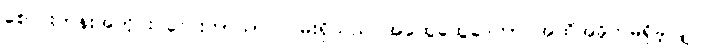
စောင်းတန်းအတိုင်း လေးဘာသာ လမ်းရှိသည် အထွေထွေဒေတာ အထိအခိုက်မရှိခဲ့လျှင်